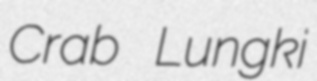
Crab Lungki